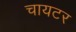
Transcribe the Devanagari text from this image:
चायटर